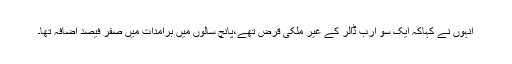
انہوں نے کہاکہ ایک سو ارب ڈالر کے غیر ملکی قرض تھے،پانچ سالوں میں برآمدات میں صفر فیصد اضافہ تھا۔